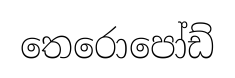
තෙරොපෝඩ්